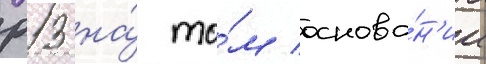
р13 на́ то́м основа́н'ии